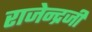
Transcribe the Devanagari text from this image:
राजेन्द्रजी